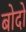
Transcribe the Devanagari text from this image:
बोदो